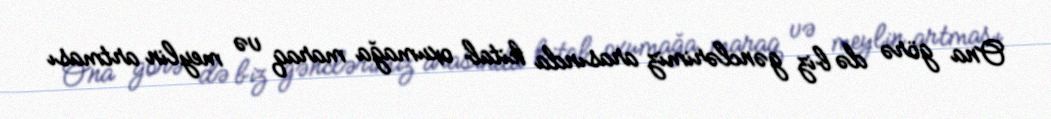
Ona görə də biz gənclərimiz arasında kitab oxumağa maraq və meylin artması